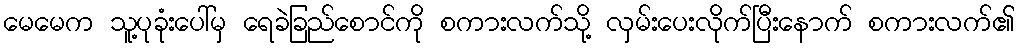
မေမေက သူ့ပုခုံးပေါ်မှ ရေခဲခြည်စောင်ကို စကားလက်သို့ လှမ်းပေးလိုက်ပြီးနောက် စကားလက်၏